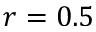
r = 0 . 5